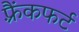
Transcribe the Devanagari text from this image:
फ़्रैंकफर्ट